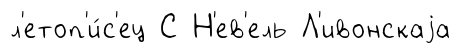
л'етоп'и́с'ец С Н'ев'ель Л'ивонскаjа